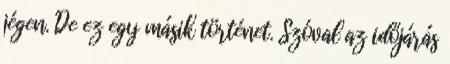
jégen. De ez egy másik történet. Szóval az időjárás